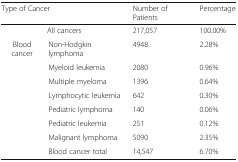
<table><thead><tr><td colspan="2"><b>Type of Cancer</b></td><td><b>Number of Patients</b></td><td><b>Percentage</b></td></tr></thead><tbody><tr><td colspan="2">All cancers</td><td>217,057</td><td>100.00%</td></tr><tr><td rowspan="8">Blood cancer</td><td>Non-Hodgkin lymphoma</td><td>4948</td><td>2.28%</td></tr><tr><td>Myeloid leukemia</td><td>2080</td><td>0.96%</td></tr><tr><td>Multiple myeloma</td><td>1396</td><td>0.64%</td></tr><tr><td>Lymphocytic leukemia</td><td>642</td><td>0.30%</td></tr><tr><td>Pediatric lymphoma</td><td>140</td><td>0.06%</td></tr><tr><td>Pediatric leukemia</td><td>251</td><td>0.12%</td></tr><tr><td>Malignant lymphoma</td><td>5090</td><td>2.35%</td></tr><tr><td>Blood cancer total</td><td>14,547</td><td>6.70%</td></tr></tbody></table>